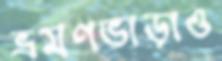
ভ্রমণভাড়াও